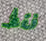
فقط